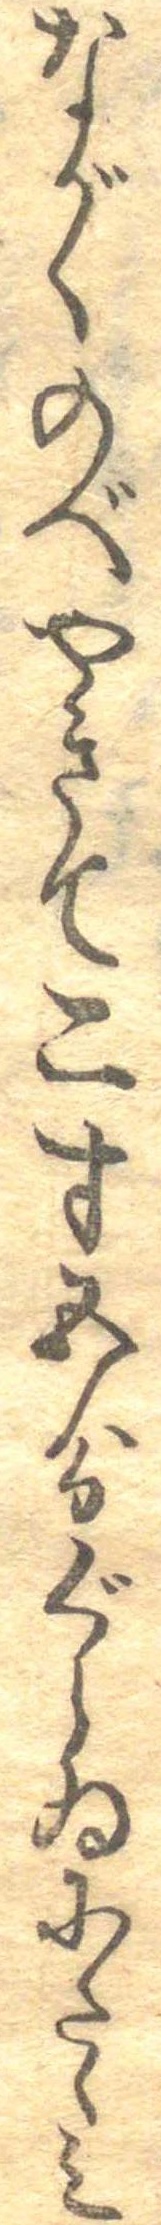
ながくのべやきて二寸五分ぐらゐにたゝみ